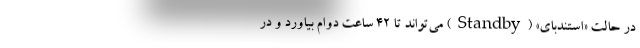
در حالت «استندبای» (Standby) می‌تواند تا ۴۲ ساعت دوام بیاورد و در